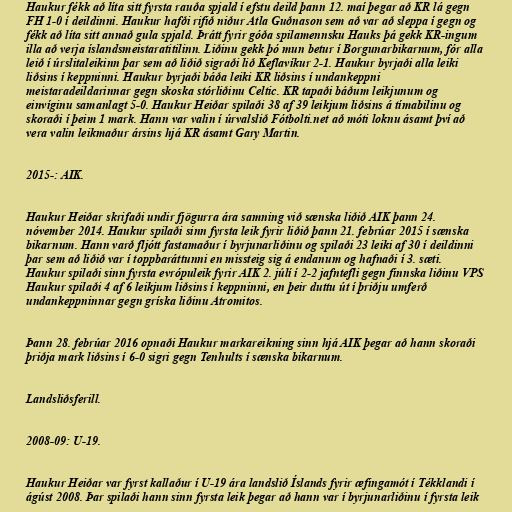
Haukur fékk að líta sitt fyrsta rauða spjald í efstu deild þann 12. maí þegar að KR lá gegn
FH 1-0 í deildinni. Haukur hafði rifið niður Atla Guðnason sem að var að sleppa í gegn og
fékk að líta sitt annað gula spjald. Þrátt fyrir góða spilamennsku Hauks þá gekk KR-ingum
illa að verja íslandsmeistaratitilinn. Liðinu gekk þó mun betur í Borgunarbikarnum, fór alla
leið í úrslitaleikinn þar sem að liðið sigraði lið Keflavíkur 2-1. Haukur byrjaði alla leiki
liðsins í keppninni. Haukur byrjaði báða leiki KR liðsins í undankeppni
meistaradeildarinnar gegn skoska stórliðinu Celtic. KR tapaði báðum leikjunum og
einvíginu samanlagt 5-0. Haukur Heiðar spilaði 38 af 39 leikjum liðsins á tímabilinu og
skoraði í þeim 1 mark. Hann var valin í úrvalslið Fótbolti.net að móti loknu ásamt því að
vera valin leikmaður ársins hjá KR ásamt Gary Martin.

2015-: AIK.

Haukur Heiðar skrifaði undir fjögurra ára samning við sænska liðið AIK þann 24.
nóvember 2014. Haukur spilaði sinn fyrsta leik fyrir liðið þann 21. febrúar 2015 í sænska
bikarnum. Hann varð fljótt fastamaður í byrjunarliðinu og spilaði 23 leiki af 30 í deildinni
þar sem að liðið var í toppbaráttunni en missteig sig á endanum og hafnaði í 3. sæti.
Haukur spilaði sinn fyrsta evrópuleik fyrir AIK 2. júlí í 2-2 jafntefli gegn finnska liðinu VPS
Haukur spilaði 4 af 6 leikjum liðsins í keppninni, en þeir duttu út í þriðju umferð
undankeppninnar gegn gríska liðinu Atromitos.

Þann 28. febrúar 2016 opnaði Haukur markareikning sinn hjá AIK þegar að hann skoraði
þriðja mark liðsins í 6-0 sigri gegn Tenhults í sænska bikarnum.

Landsliðsferill.

2008-09: U-19.

Haukur Heiðar var fyrst kallaður í U-19 ára landslið Íslands fyrir æfingamót í Tékklandi í
ágúst 2008. Þar spilaði hann sinn fyrsta leik þegar að hann var í byrjunarliðinu í fyrsta leik